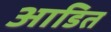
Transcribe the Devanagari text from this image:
आडित